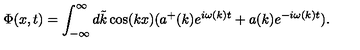
\Phi ( x , t ) = \int _ { - \infty } ^ { \infty } d \tilde { k } \cos ( k x ) ( a ^ { + } ( k ) e ^ { i \omega ( k ) t } + a ( k ) e ^ { - i \omega ( k ) t } ) .